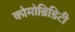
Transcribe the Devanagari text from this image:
कोमोब्रिडिटी